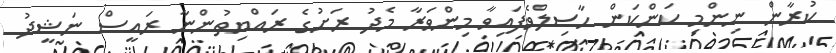
ކުރާން ނިންމި ކަންކަން ހާސިލްވެފައިވާ މިންވަރާ މެދު ރަށުގެ ރައްޔިތުންނާ ރައީސް ނަޝީދު